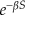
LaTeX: e ^ { - \beta S }